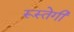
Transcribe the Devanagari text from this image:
रूस्तेगी